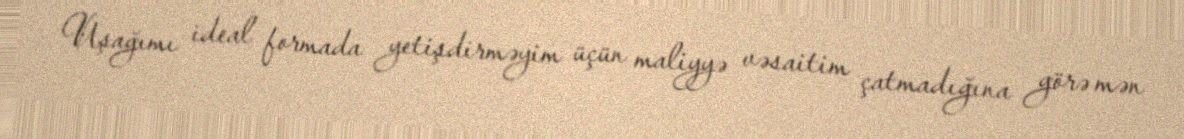
Uşağımı ideal formada yetişdirməyim üçün maliyyə vəsaitim çatmadığına görə mən